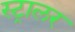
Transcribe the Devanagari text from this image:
स्ट्रालर